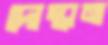
দোস্তানা